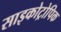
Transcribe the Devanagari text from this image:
साइकोट्रोपिक